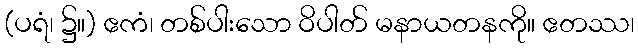
(ပရံ၊ ၌။) ဧကံ၊ တစ်ပါးသော ဝိပါတ် မနာယတနကို။ ဧတဿ၊